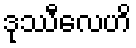
ဒုဿီလေဟိ